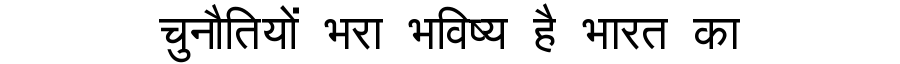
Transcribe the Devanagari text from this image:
चुनौतियों भरा भविष्य है भारत का